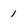
Character: 1